Lunatic asylums Central Provinces reports 1886-1894 - 1886-1894
Year: 1886
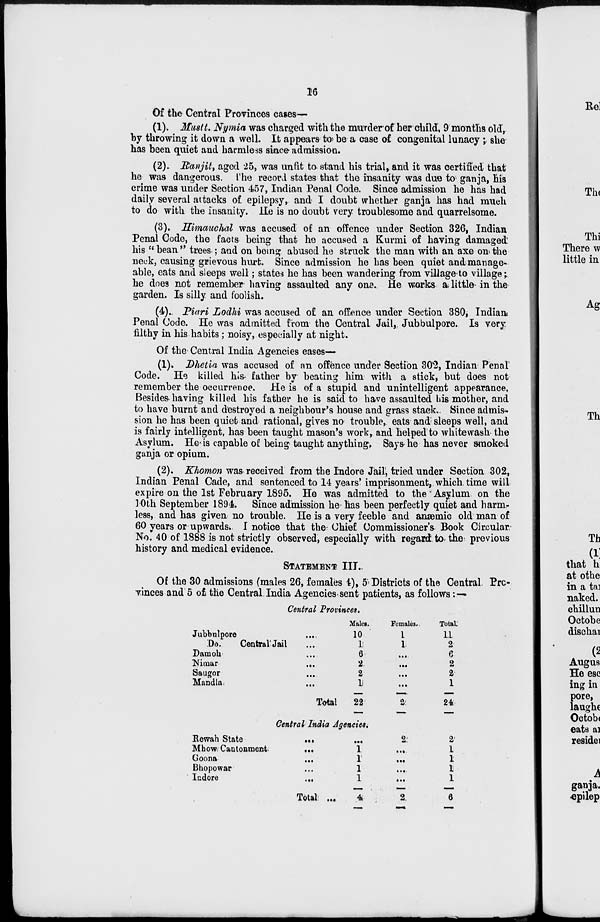
16
Of the Central Provinces cases—
(1). Mustt. Nymia was charged with the murder of her child, 9 months old,
by throwing it down a well. It appears to be a case of congenital lunacy ; she
has been quiet and harmless since admission.
(2). Ranjit, aged 25, was unfit to stand his trial, and it was certified that
he was dangerous. The record states that the insanity was due to ganja, his
crime was under Section 457, Indian Penal Code. Since admission he has had
daily several attacks of epilepsy, and I doubt whether ganja has had much
to do with the insanity. He is no doubt very troublesome and quarrelsome.
(3). Himauchal was accused of an offence under Section 326, Indian
Penal Code, the facts being that he accused a Kurmi of having damaged
his " bean " trees ; and on being abused he struck the man with an axe on the
neck, causing grievous hurt. Since admission he has been quiet and manage-
able, eats and sleeps well; states he has been wandering from village to village;
he does not remember having assaulted any one. He works a little in the
garden. Is silly and foolish.
(4). Piari Lodhi was accused of an offence under Section 380, Indian
Penal Code. He was admitted from the Central Jail, Jubbulpore. Is very
filthy in his habits ; noisy, especially at night.
Of the Central India Agencies cases—
(1). Dhetia was accused of an offence under Section 302, Indian Penal
Code. He killed his father by beating him with a stick, but does not
remember the occurrence. He is of a stupid and unintelligent appearance,
Besides having killed his father he is said to have assaulted his mother, and
to have burnt and destroyed a neighbour's house and grass stack. Since admis-
sion he has been quiet and rational, gives no trouble, eats and sleeps well, and
is fairly intelligent, has been taught mason's work, and helped to whitewash the
Asylum. He is capable of being taught anything, Says he has never smoked
ganja or opium.
(2). Khomon was received from the Indore Jail, tried under Section 302,
Indian Penal Cade, and sentenced to 14 years' imprisonment, which time will
expire on the 1st February 1895. He was admitted to the Asylum on the
10th September 1894. Since admission he has been perfectly quiet and harm-
less, and has given no trouble. He is a very feeble and anæmic old man of
60 years or upwards. I notice that the Chief Commissioner's Book Circular
No. 40 of 1888 is not strictly observed, especially with regard to the previous
history and medical evidence.
STATEMENT III.
Of the 30 admissions (males 26, females 4), 5 Districts of the Central Pro-
vinces and 5 of the Central India Agencies sent patients, as follows: —
Central Provinces.
Jubbulpore ...
Do
Central Jail ...
Damoh ...
Nimar
...
Saugor ...
Mandla ...
Total
Males.
10
1
6
2
2
1
22
Females.
1
1
...
...
...
...
2
Total.
11
2
6
2
2
1
24
Central India Agencies.
Rewah State
...
Mhow Cantonment
...
Goona
...
Bhopowar ...
Indore
...
Total ...
...
1
1
1
1
4
2
...
...
...
...
2
2
1
1
1
1
6